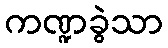
ကဏ္ဍခွဲသာ